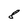
Character: 8